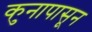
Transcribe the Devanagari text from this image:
कुनापासून